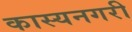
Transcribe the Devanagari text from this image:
कास्यनगरी